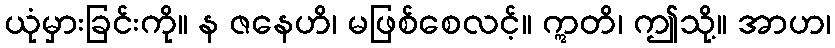
ယုံမှားခြင်းကို။ န ဇနေဟိ၊ မဖြစ်စေလင့်။ ဣတိ၊ ဤသို့။ အာဟ၊